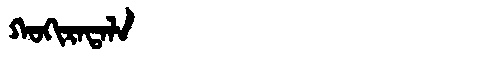
Manchu: ᡴᠣᡴᡳᡵᠠᡨᠠᠯᠠ
Romanization: KOKIRATALA